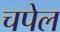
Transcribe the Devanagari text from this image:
चपेल